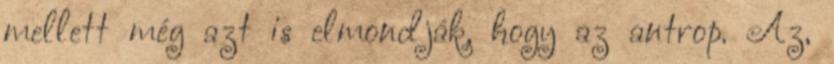
mellett még azt is elmondják, hogy az antrop. Az,